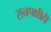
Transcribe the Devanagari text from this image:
रानपक्षीही